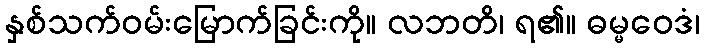
နှစ်သက်ဝမ်းမြောက်ခြင်းကို။ လဘတိ၊ ရ၏။ ဓမ္မဝေဒံ၊